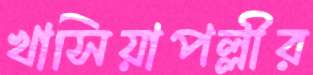
খাসিয়াপল্লীর